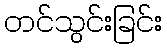
တင်သွင်းခြင်း